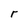
Character: r